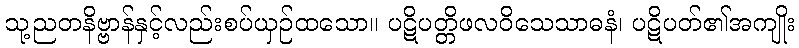
သု့ညတနိဗ္ဗာန်နှင့်လည်းစပ်ယှဉ်ထသော။ ပဋိပတ္တိဖလဝိသေသာဓနံ၊ ပဋိပတ်၏အကျိုး